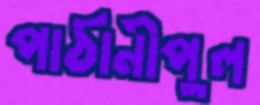
পাঠানীপুল